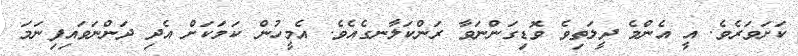
ކަށަވަރެވެ. އީ އެންމެ ދީލަތިވެ ވޮޑިގަންނަވާ ރަންކަލާނގެއެވެ. އެމީހުން ކަމަކަށް އެދި ދަންނަވައިފިނަމަ